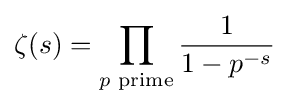
\zeta (s)=\prod _{p{\text{ prime}}}{\frac {1}{1-p^{-s}}}